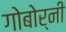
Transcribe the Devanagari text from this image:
गोबोर्नी